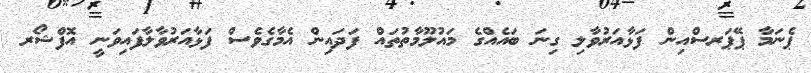
ޕެނަމާ ޕޭޕަރސްއިން ފަޅާއަރުވާލި ގިނަ ބައެއްގެ މައުލޫމާތުތައް ފަދައިން އެމާގެވެސް ފަޅާއަރުވާލާފައިވަނީ އޮފްޝޯރ